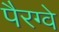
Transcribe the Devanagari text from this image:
पैरग्वे